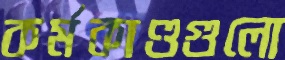
কর্মকাণ্ডগুলো